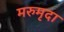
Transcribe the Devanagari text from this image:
मरुमृदा